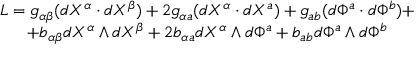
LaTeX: \begin{array} { c } { { L = g _ { \alpha \beta } ( d X ^ { \alpha } \cdot d X ^ { \beta } ) + 2 g _ { \alpha a } ( d X ^ { \alpha } \cdot d X ^ { a } ) + g _ { a b } ( d \Phi ^ { a } \cdot d \Phi ^ { b } ) + } } \\ { { + b _ { \alpha \beta } d X ^ { \alpha } \wedge d X ^ { \beta } + 2 b _ { \alpha a } d X ^ { \alpha } \wedge d \Phi ^ { a } + b _ { a b } d \Phi ^ { a } \wedge d \Phi ^ { b } } } \end{array}